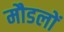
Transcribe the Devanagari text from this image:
मौडलों